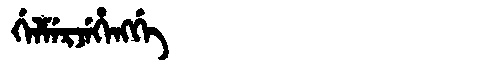
Manchu: ᡤᡝᠯᠮᡝᡵᠵᡝᡥᡝᠩᡤᡝ
Romanization: GELMERJEHENGGE